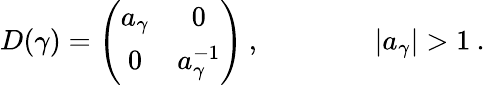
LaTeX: D(\gamma)=\left(\begin{array}{cc}{{a_{\gamma}}}&{{0}}\\ {{0}}&{{a_{\gamma}^{-1}}}\end{array}\right)\: ,\qquad\qquad|a_{\gamma}|>1\: .